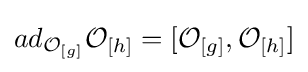
ad_{{\mathcal {O}}_{[g]}}{\mathcal {O}}_{[h]}=[{\mathcal {O}}_{[g]},{\mathcal {O}}_{[h]}]